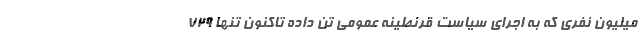
میلیون نفری که به اجرای سیاست قرنطینه عمومی تن داده تاکنون تنها ۷۲۹